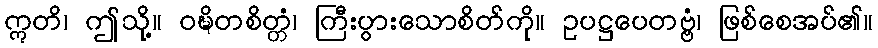
ဣတိ၊ ဤသို့။ ဝဍ္ဎိတစိတ္တံ၊ ကြီးပွားသောစိတ်ကို။ ဥပဋ္ဌပေတဗ္ဗံ၊ ဖြစ်စေအပ်၏။